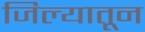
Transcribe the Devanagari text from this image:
जिल्यातून